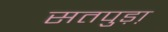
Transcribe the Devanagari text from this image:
सतपुड़ा़